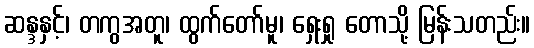
ဆန္ဒနှင့်၊ တကွအတူ၊ ထွက်တော်မူ၊ ရှေးရှု တောသို့ မြန်းသတည်း။